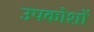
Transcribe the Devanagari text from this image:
उपकोशों